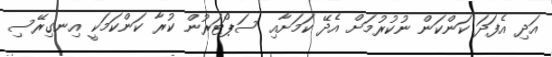
އަދި އެފަދަ ކަންކަން ނުކުރުމަށް އެދޭ ކަމަށާއި ސަޕޯޓަރުން ކުރާ ކަންކަމަކީ އިނގިރޭސި